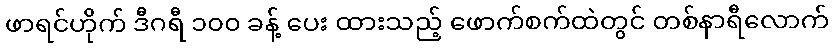
ဖာရင်ဟိုက် ဒီဂရီ ၁၀၀ ခန့် ပေး ထားသည့် ဖောက်စက်ထဲတွင် တစ်နာရီလောက်